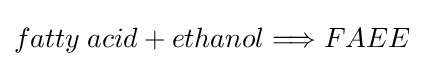
fatty\;acid+ethanol\Longrightarrow FAEE